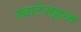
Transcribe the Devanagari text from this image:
क्वाटेमल्लान